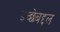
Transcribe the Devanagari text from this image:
इच्छेबद्दल